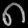
Digit: ၈